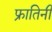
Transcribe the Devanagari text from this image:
फ्रातिनी